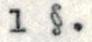
1 §.